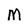
Character: M